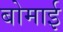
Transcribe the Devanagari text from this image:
बोमाई